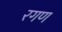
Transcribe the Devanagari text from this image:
रगण